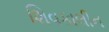
શિવકાલીન